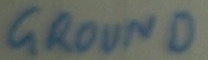
Text: GROUND